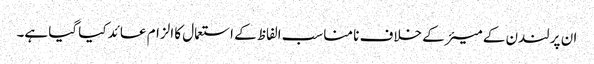
ان پر لندن کے میئر کے خلاف نا مناسب الفاظ کے استعمال کا الزام عائد کیا گیا ہے۔